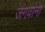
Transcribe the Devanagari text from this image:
जगवाना